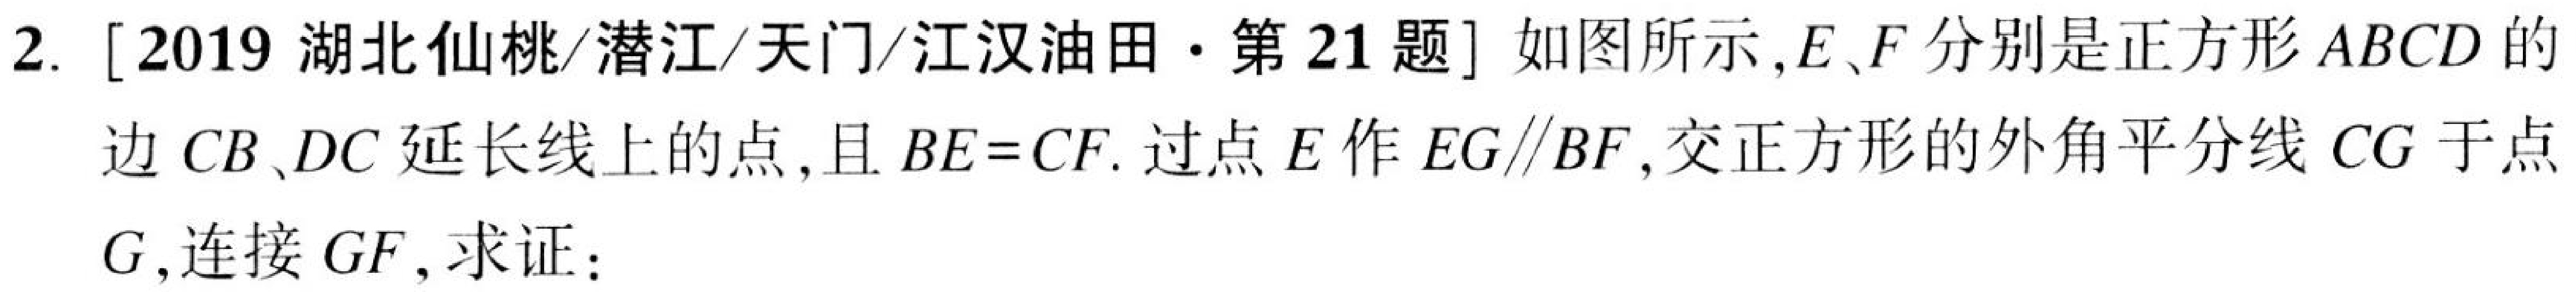
2. [2019 湖北仙桃/潜江/天门/江汉油田·第21题] 如图所示,\(E、F\)分别是正方形\(ABCD\)的
边\(CB、DC\)延长线上的点,且\(BE = CF\). 过点\(E\)作\(EG\parallel BF\),交正方形的外角平分线\(CG\)于点
\(G\),连接\(GF\), 求证：